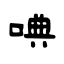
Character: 唺